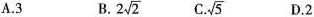
A.3 B. 2 \sqrt{2} C. \sqrt{5} D.2